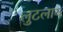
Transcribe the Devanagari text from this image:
लुटलाय